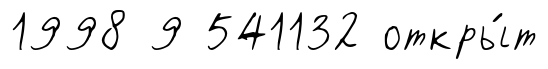
1998 9 541132 откры́т